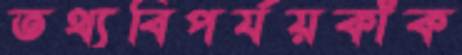
তথ্যবিপর্যয়কাঁক